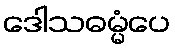
ဒေါသဓမ္မံပေ